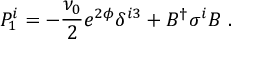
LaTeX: { \cal P } _ { 1 } ^ { i } = - \frac { \nu _ { 0 } } { 2 } e ^ { 2 \phi } \delta ^ { i 3 } + B ^ { \dagger } \sigma ^ { i } B \ .